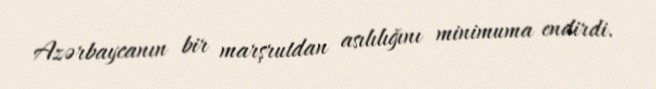
Azərbaycanın bir marşrutdan asılılığını minimuma endirdi.